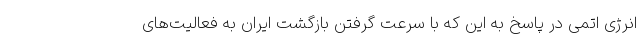
انرژی اتمی در پاسخ به این که با سرعت گرفتن بازگشت ایران به فعالیت‌های